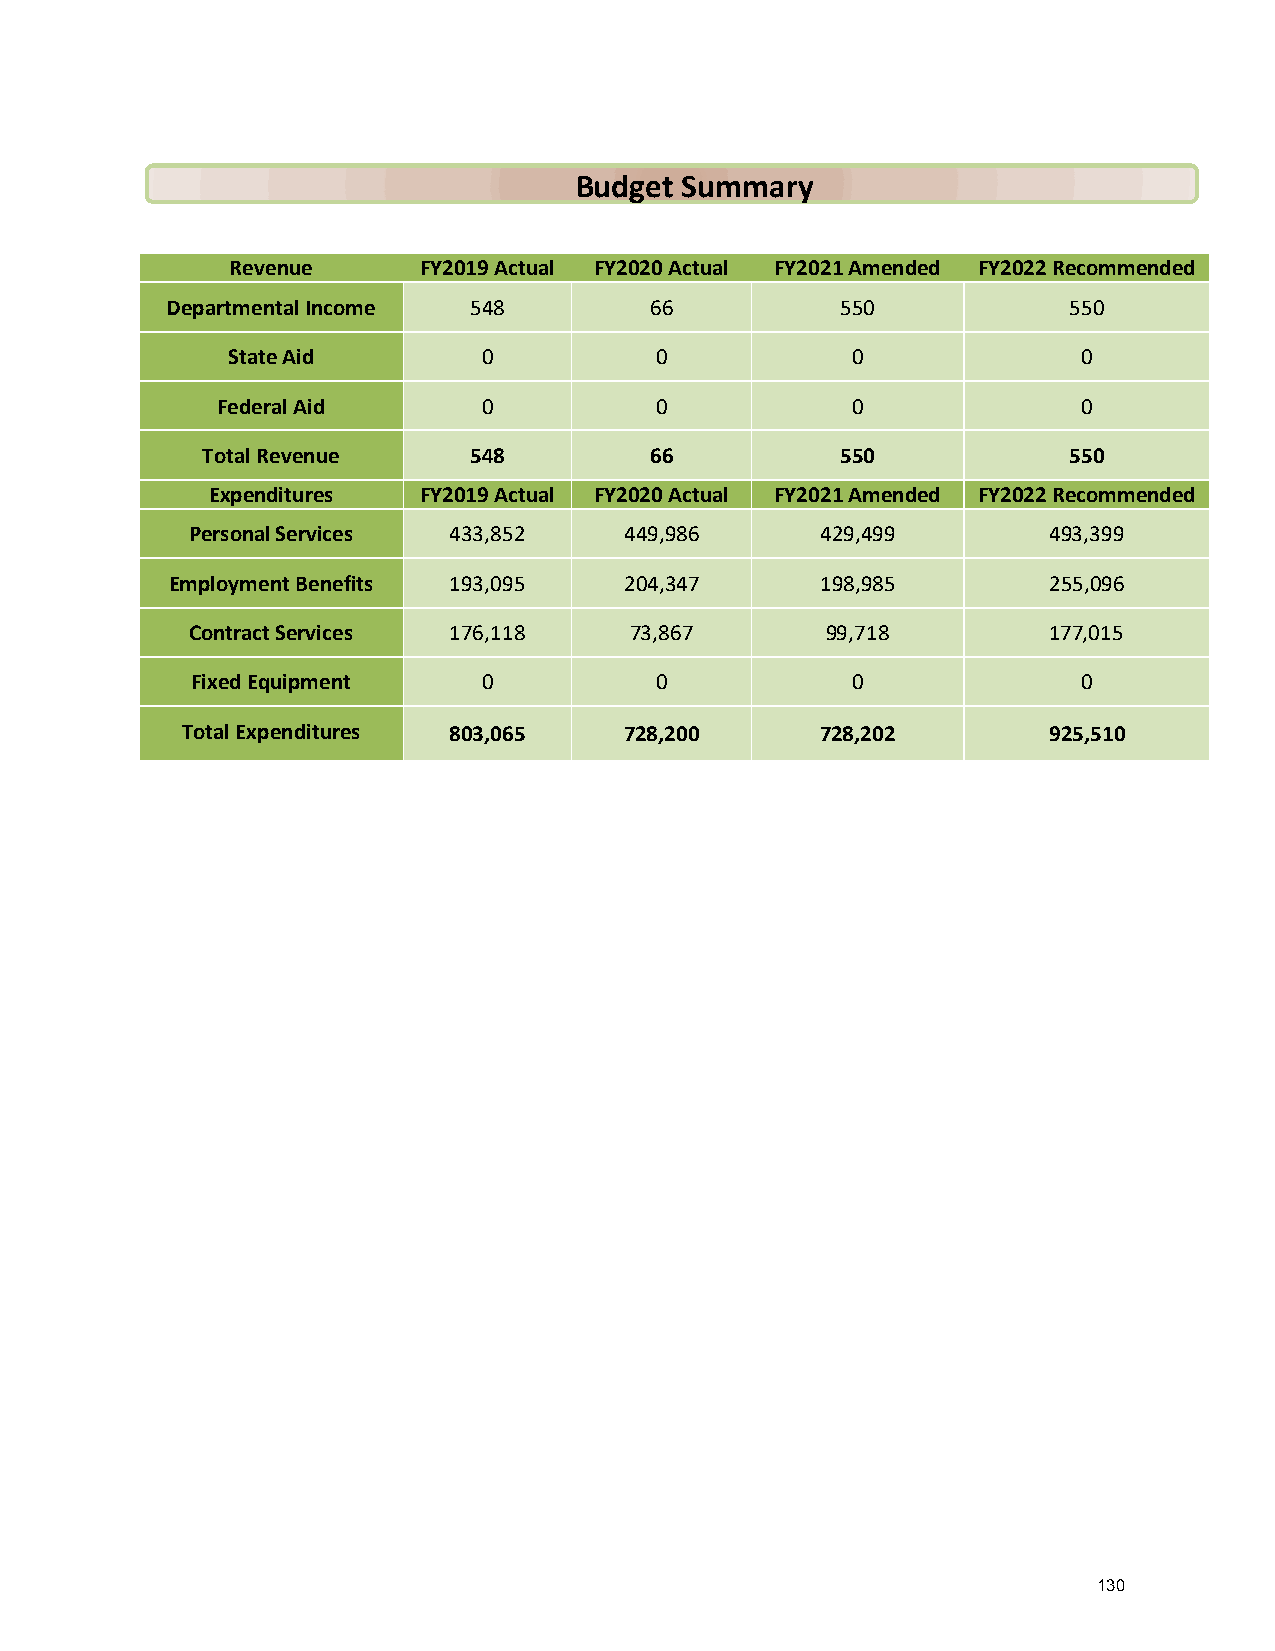
Budget Summary
 Revenue      FY2019 Actual FY2020 Actual FY2021 Amended FY2022 Recommended
 Departmental Income 548         66           550            550
 State Aid        0          0            0               0
 Federal Aid       0          0            0               0
 Total Revenue     548         66           550            550
 Expenditures  FY2019 Actual FY2020 Actual FY2021 Amended FY2022 Recommended
 Personal Services 433,852    449,986      429,499        493,399
 Employment Benefits 193,095   204,347      198,985        255,096
 Contract Services 176,118     73,867       99,718        177,015
 Fixed Equipment    0          0            0               0
 Total Expenditures 803,065   728,200      728,202        925,510
 130